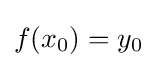
f(x_{0})=y_{0}